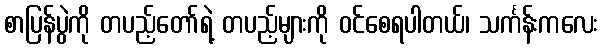
စာပြန်ပွဲကို တပည့်တော်ရဲ့ တပည့်များကို ဝင်စေရပါတယ်၊ သင်္ကန်းကလေး